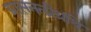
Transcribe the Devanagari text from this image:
ग्रासनलीग्रंथि